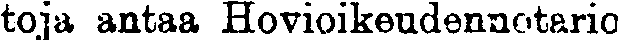
toja antaa Hovioikeudennotario